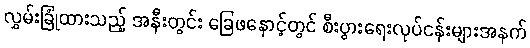
လွှမ်းခြုံထားသည့် အနီးတွင်း ခြေဖနောင့်တွင် စီးပွားရေးလုပ်ငန်းများအနက်